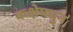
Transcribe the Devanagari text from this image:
कक्षेमधुन